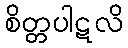
စိတ္တပါဋလိ